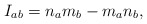
\begin{align*} I_{ab} = n_a m_b - m_a n_b ,\end{align*}